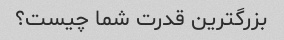
بزرگترین قدرت شما چیست؟